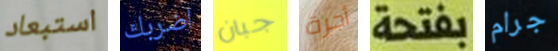
استبعاد اضربك جبان أجرة بفتحة جرام